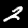
Digit: 2